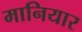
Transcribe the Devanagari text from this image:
मानियार